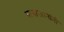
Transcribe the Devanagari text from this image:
बाबाजानांनी